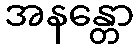
အနန္တော